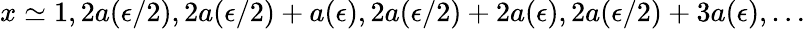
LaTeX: x\simeq 1,2a(\epsilon/2),2a(\epsilon/2)+a(\epsilon),2a(\epsilon/2)+2a(\epsilon),2a(\epsilon/2)+3a(\epsilon),\ldots